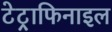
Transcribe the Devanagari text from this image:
टेट्राफिनाइल